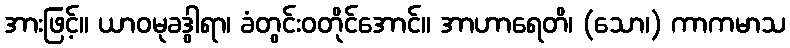
အားဖြင့်။ ယာဝမုခဒွါရာ၊ ခံတွင်းဝတိုင်အောင်။ အာဟာရေတိ၊ (သော၊) ကာကမာသ